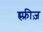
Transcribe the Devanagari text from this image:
ह्म्फ्रीज़